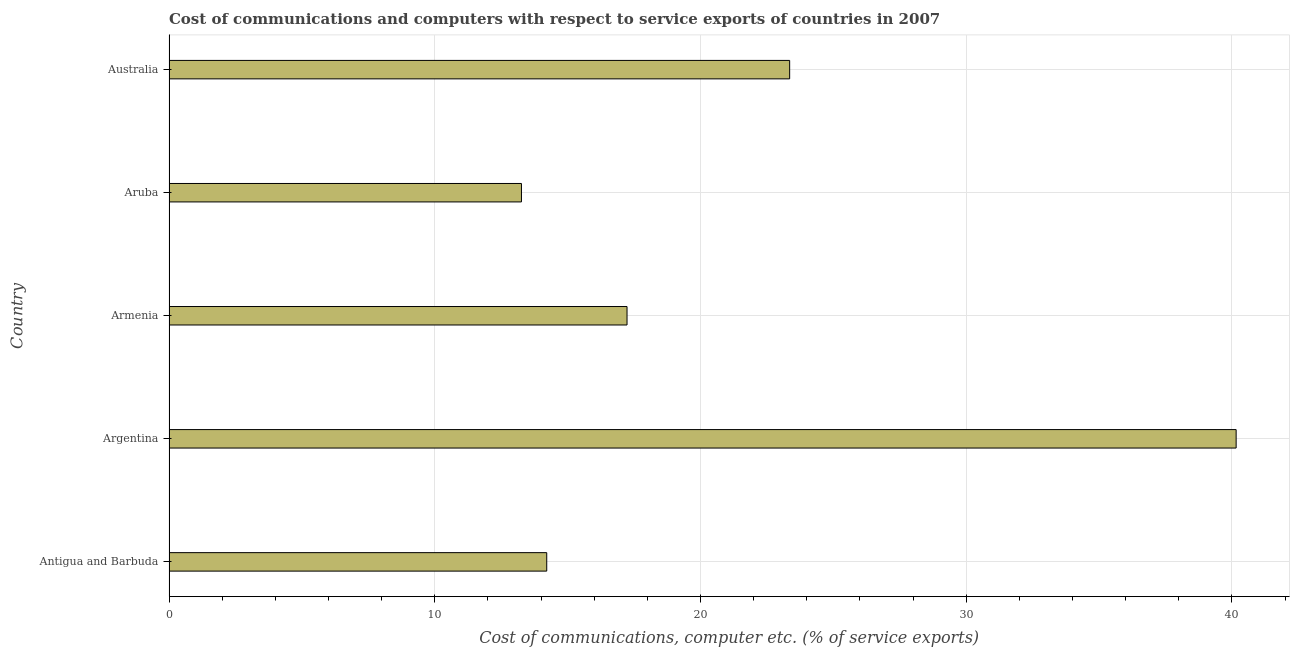
| Country | Communications |
 | --- | --- |
 | Antigua and Barbuda | 14.2 |
 | Argentina | 40.2 |
 | Armenia | 17.2 |
 | Aruba | 13.3 |
 | Australia | 23.4 |